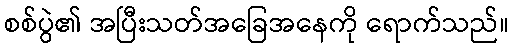
စစ်ပွဲ၏ အပြီးသတ်အခြေအနေကို ရောက်သည်။